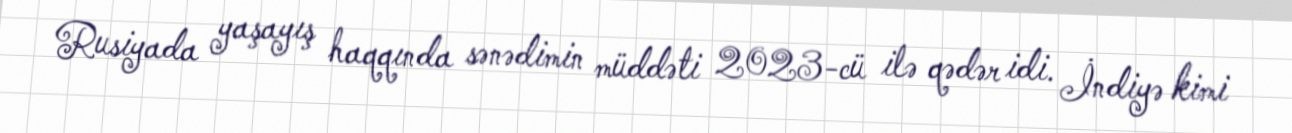
Rusiyada yaşayış haqqında sənədimin müddəti 2023-cü ilə qədər idi. İndiyə kimi